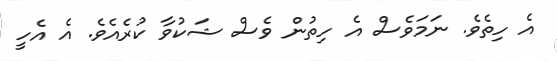
އެ ހިތެވެ. ނަމަވެސް އެ ހިތުން ވެސް ޝަކުވާ ކުރެއެވެ. އެ އެހީ